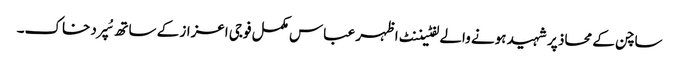
ساچن کے محاذ پر شہید ہونے والے لفٹیننٹ اظہر عباس مکمل فوجی اعزاز کے ساتھ سُپرد خاک۔